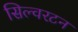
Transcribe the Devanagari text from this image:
सिल्वरटन